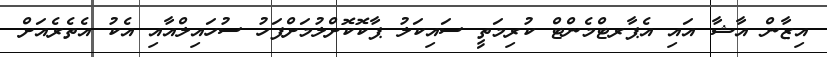
އިޒާން އާޝާ އައި އެޕާރޓްމެންޓް ކުރިމަތީ ސައިކަލު ޕާކޮކޮށްލުމަށްފަހު ސުހައިލްއާއި އެކު އެތެރެއަށް